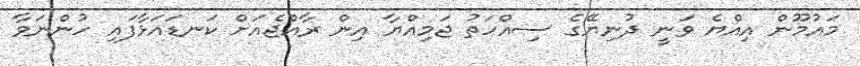
މައުމޫން އިއްޔެ ވަނީ ދުނިޔޭގެ ސިއްހަތު ޖަމިއްޔާ އިން ރާއްޖެއަށް ކަނޑައަޅާފައި ހުންނަވާ